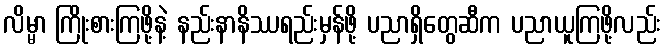
လိမ္မာ ကြိုးစားကြဖို့နဲ့ နည်းနာနိဿရည်းမှန်ဖို့ ပညာရှိတွေဆီက ပညာယူကြဖို့လည်း